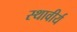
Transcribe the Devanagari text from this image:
स्थावीर्य